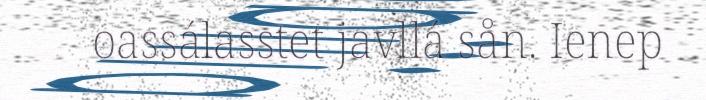
oassálasstet javllá sån. Ienep